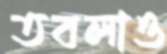
তবলাও